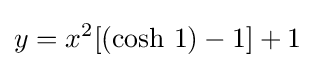
y=x^{2}[({\text{cosh }}1)-1]+1